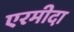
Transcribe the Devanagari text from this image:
एरमीदा